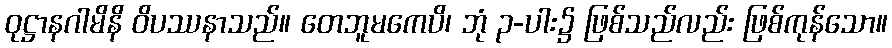
ဝုဋ္ဌာနဂါမိနိ ဝိပဿနာသည်။ တေဘူမကေပိ၊ ဘုံ ၃-ပါး၌ ဖြစ်သည်လည်း ဖြစ်ကုန်သော။